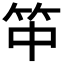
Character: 𥫯